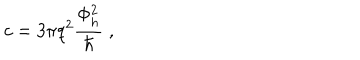
LaTeX: c = 3 \pi q ^ { 2 } \frac { \Phi _ { h } ^ { 2 } } { \hbar } \; ,